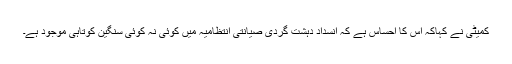
کمیٹی نے کہاکہ اِس کا احساس ہے کہ انسداد دہشت گردی صیانتی انتظامیہ میں کوئی نہ کوئی سنگین کوتاہی موجود ہے۔